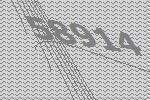
58914